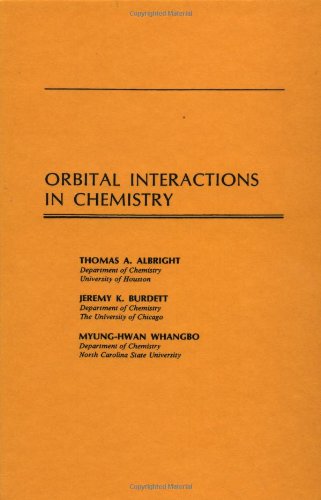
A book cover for Orbital Interactions in Chemistry; Thomas A. Albright; Science & Math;